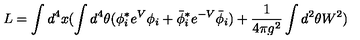
L = \int d ^ { 4 } x ( \int d ^ { 4 } \theta ( \phi _ { i } ^ { * } e ^ { V } \phi _ { i } + \bar { \phi } _ { i } ^ { * } e ^ { - V } \bar { \phi } _ { i } ) + { \frac { 1 } { 4 \pi g ^ { 2 } } } \int d ^ { 2 } \theta W ^ { 2 } )